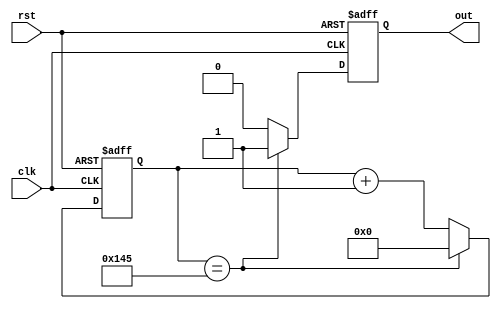
//`define FREQUENCY 50000000   // Frequency at which we operate
`define  FREQUENCY 100000000   // Frequency at which we operate
`define BAUD_RATE 19200		// Selected baud rate

module BaudRateGenerator
    #(parameter FREQUENCY = `FREQUENCY,
      parameter BAUD_RATE = `BAUD_RATE)
                (input clk, 
                 input rst,
                 output reg out);

	localparam MAX_COUNT = (FREQUENCY / (BAUD_RATE * 16));
    //localparam COUNT_NBITS = $clog2(MAX_COUNT);
    localparam COUNT_NBITS = 32;

	reg [COUNT_NBITS -1 : 0] count;
	always@(posedge clk or negedge rst)
	begin 
	    if (!rst) begin
            out <= 0;
            count <= 0;
        end 
        else begin
            if(count == MAX_COUNT)
            begin
                out <= 1;
                count <= 0;
            end
            else begin
                out <= 0;
                count <= count + 1;
            end
	    end
	end

endmodule